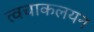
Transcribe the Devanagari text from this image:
त्वचाकलयन